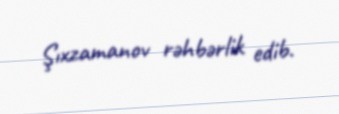
Şıxzamanov rəhbərlik edib.